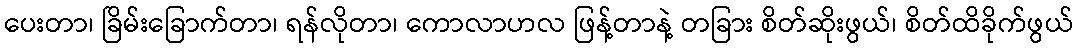
ပေးတာ၊ ခြိမ်းခြောက်တာ၊ ရန်လိုတာ၊ ကောလာဟလ ဖြန့်တာနဲ့ တခြား စိတ်ဆိုးဖွယ်၊ စိတ်ထိခိုက်ဖွယ်